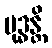
ဗုဒ္ဓန္တိ